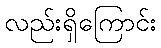
လည်းရှိကြောင်း